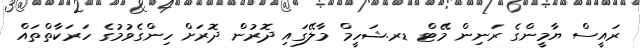
ރައީސް ޔާމީންގެ ރަނިން މޭޓް ޑރ.ޝަހީމް މާލޭގައި ދޮރުން ދޮރަށް ހިންގެވުމުގެ ހަރަކާތްތައް